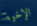
الإخوة